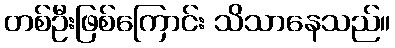
တစ်ဦးဖြစ်ကြောင်း သိသာနေသည်။